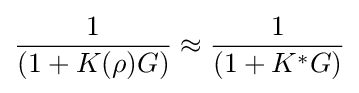
{\frac {1}{(1+K(\rho )G)}}\approx {\frac {1}{(1+K^{*}G)}}